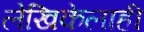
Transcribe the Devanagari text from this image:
लेखिकेलाही